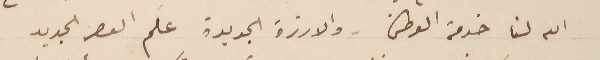
الله لنا خدمة الوطن - والارزة الجديدة علم العصر الجديد